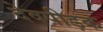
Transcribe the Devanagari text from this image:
देवपीड़क